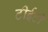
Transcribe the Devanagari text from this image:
टीईटी